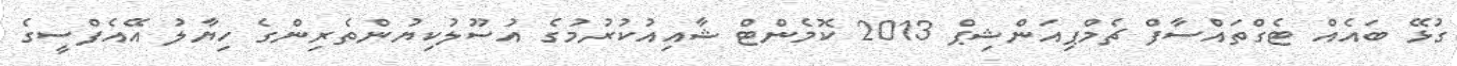
ގުޅޭ ބައެއް ޓެގްތައްސާފް ޗެމްޕިއަންޝިޕް 2013 ކޮމެންޓް ޝާއިއުކުރުމުގެ އުސޫލުކިޔުންތެރިންގެ ހިޔާލު އޭއެފްސީގެ